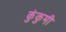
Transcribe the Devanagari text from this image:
कुंकुमी